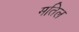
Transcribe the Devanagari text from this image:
मतिल